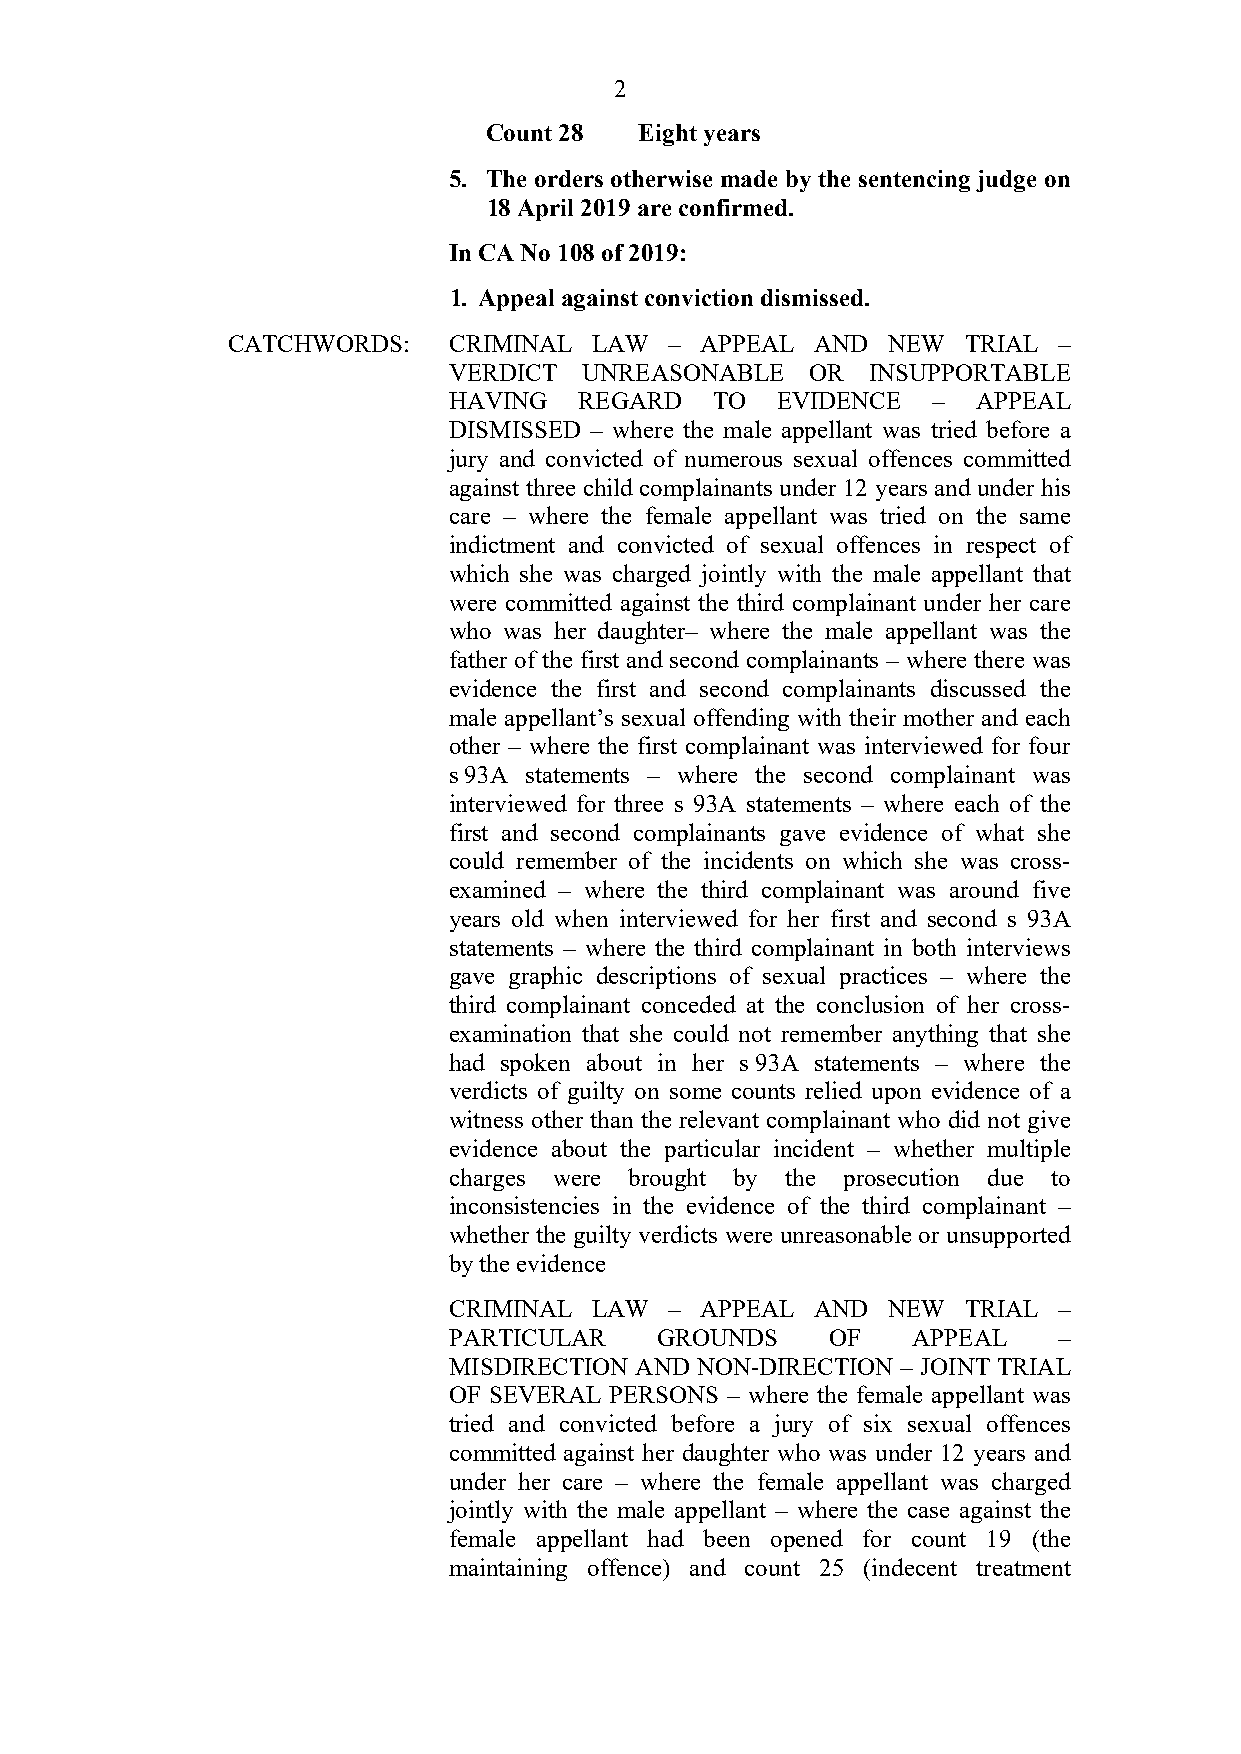
2
 Count 28  Eight years
 5. The orders otherwise made by the sentencing judge on
 18 April 2019 are confirmed.
 In CA No 108 of 2019:
 1. Appeal against conviction dismissed.
 CATCHWORDS:    CRIMINAL LAW  – APPEAL  AND  NEW  TRIAL –
 VERDICT  UNREASONABLE   OR  INSUPPORTABLE
 HAVING  REGARD   TO  EVIDENCE   –  APPEAL
 DISMISSED – where the male appellant was tried before a
 jury and convicted of numerous sexual offences committed
 against three child complainants under 12 years and under his
 care – where the female appellant was tried on the same
 indictment and convicted of sexual offences in respect of
 which she was charged jointly with the male appellant that
 were committed against the third complainant under her care
 who was her daughter– where the male appellant was the
 father of the first and second complainants – where there was
 evidence the first and second complainants discussed the
 male appellant’s sexual offending with their mother and each
 other – where the first complainant was interviewed for four
 s 93A statements – where the second complainant was
 interviewed for three s 93A statements – where each of the
 first and second complainants gave evidence of what she
 could remember of the incidents on which she was cross-
 examined – where the third complainant was around five
 years old when interviewed for her first and second s 93A
 statements – where the third complainant in both interviews
 gave graphic descriptions of sexual practices – where the
 third complainant conceded at the conclusion of her cross-
 examination that she could not remember anything that she
 had spoken about in her s 93A statements – where the
 verdicts of guilty on some counts relied upon evidence of a
 witness other than the relevant complainant who did not give
 evidence about the particular incident – whether multiple
 charges were brought by the prosecution due to
 inconsistencies in the evidence of the third complainant –
 whether the guilty verdicts were unreasonable or unsupported
 by the evidence
 CRIMINAL LAW  – APPEAL  AND  NEW  TRIAL –
 PARTICULAR   GROUNDS     OF   APPEAL    –
 MISDIRECTION AND NON-DIRECTION – JOINT TRIAL
 OF SEVERAL PERSONS – where the female appellant was
 tried and convicted before a jury of six sexual offences
 committed against her daughter who was under 12 years and
 under her care – where the female appellant was charged
 jointly with the male appellant – where the case against the
 female appellant had been opened for count 19 (the
 maintaining offence) and count 25 (indecent treatment